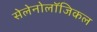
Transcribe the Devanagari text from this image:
सेलेनोलॉजिकल